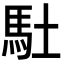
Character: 𩡶